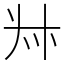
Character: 𠦑